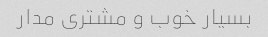
بسیار خوب و مشتری مدار